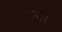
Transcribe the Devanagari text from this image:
दरगो